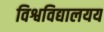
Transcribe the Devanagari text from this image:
विश्वविद्यालयय